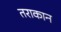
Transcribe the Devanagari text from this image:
तराकान